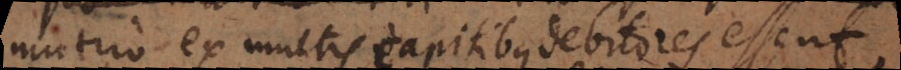
mutuo ex multis capitibus debitores essent